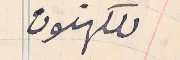
للكهنوت